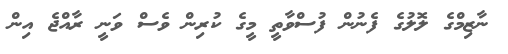
ނާޒިމްގެ ލޮލުގެ ފެނުން ފުސްވާތީ މީގެ ކުރިން ވެސް ވަނީ ރާއްޖެ އިން